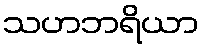
သဟဘရိယာ